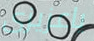
ياعزيزى